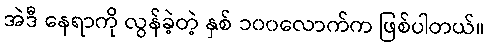
အဲဒီ နေရာကို လွန်ခဲ့တဲ့ နှစ် ၁၀၀လောက်က ဖြစ်ပါတယ်။